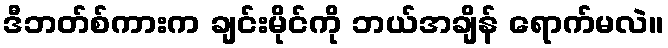
ဒီဘတ်စ်ကားက ချင်းမိုင်ကို ဘယ်အချိန် ရောက်မလဲ။